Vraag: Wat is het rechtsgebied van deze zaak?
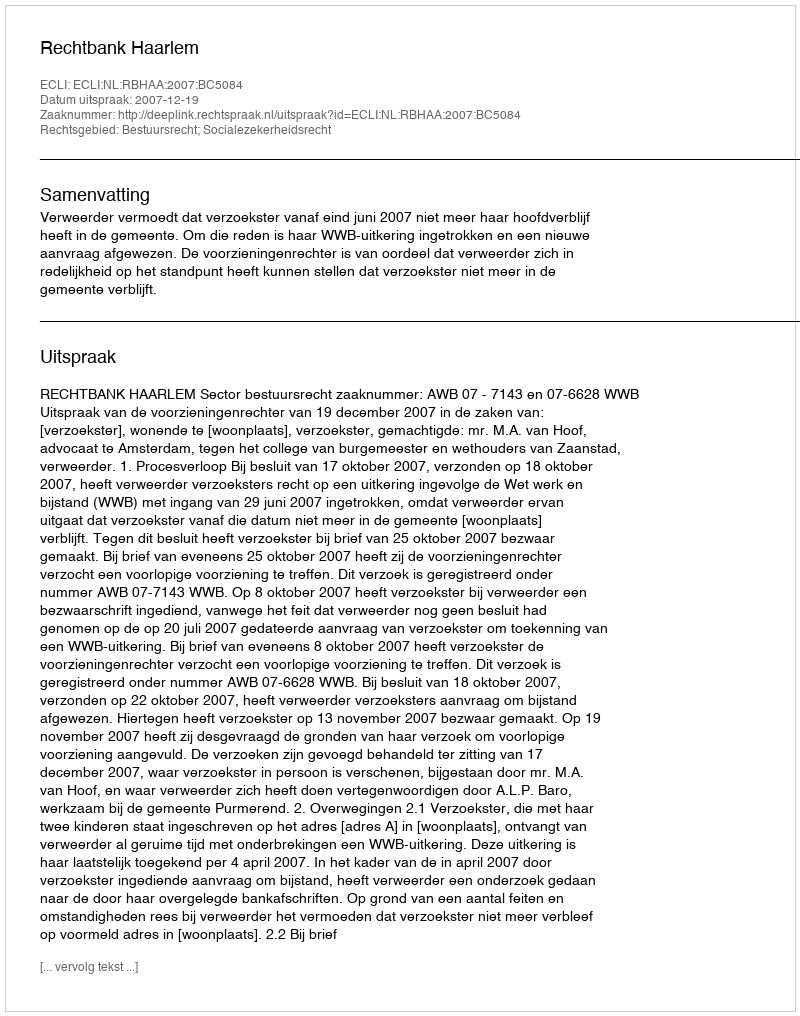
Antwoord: Bestuursrecht; Socialezekerheidsrecht